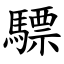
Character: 驃